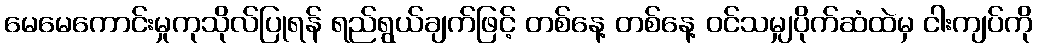
မေမေကောင်းမှုကုသိုလ်ပြုရန် ရည်ရွယ်ချက်ဖြင့် တစ်နေ့ တစ်နေ့ ဝင်သမျှပိုက်ဆံထဲမှ ငါးကျပ်ကို